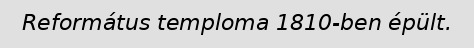
Református temploma 1810-ben épült.